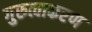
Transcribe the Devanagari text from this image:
गुरुत्वाकरण